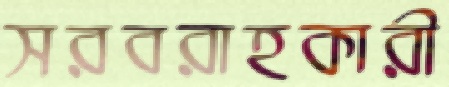
সরবরাহকারী